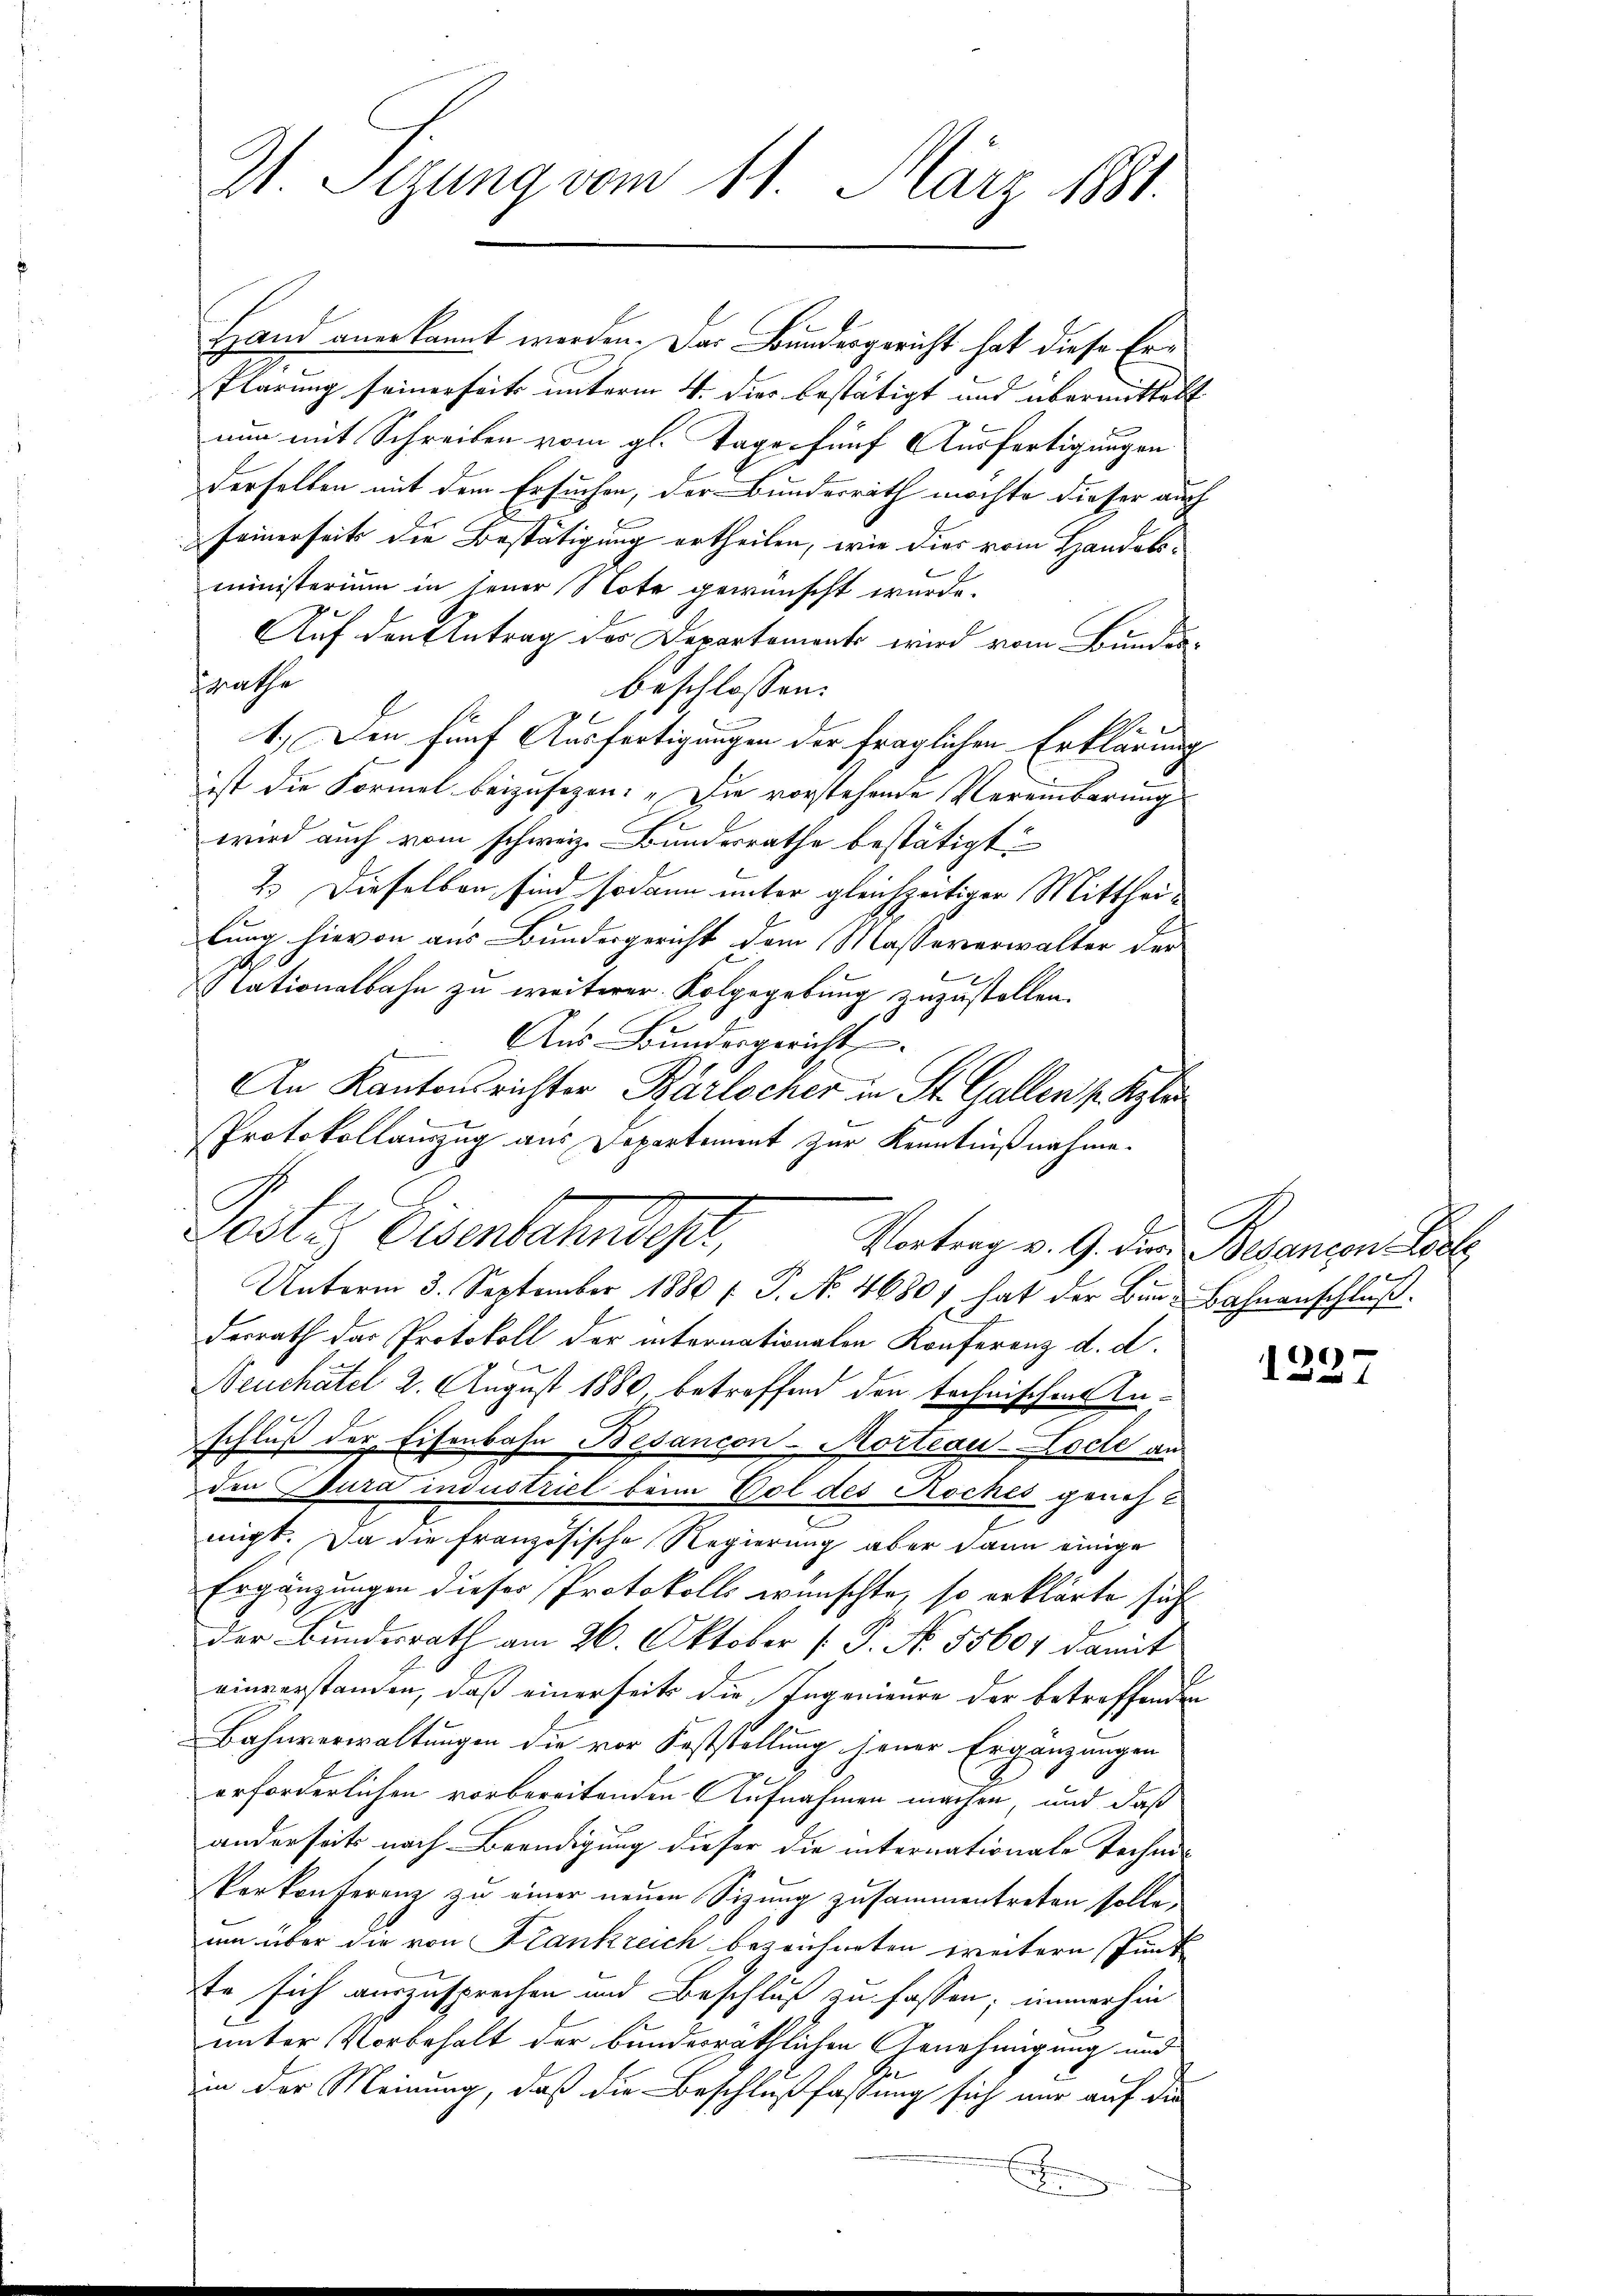
Al Sizung vom 11. März 1881.

Hand anerkannt werden. Das Bundesgericht hat diese Er¬
Plärung seinerseits unterm 4. dies bestätigt und übermittelt
nun mit Schreiben vom gl. Tage fünf Ausfertigungen
derselben mit dem Ersuchen, der Bundesrath möchte dieser auch
seinerseits die Bestätigung ertheilen, wie dies vom Handelsministerium in seiner Note gewünscht wurde.
Auf den Antrag der Departements wird vom Bundes-
srathe
beschlossen:
1.) Den fünf Ausfertigungen der fraglichen Erklärung
ist die Formel beizusagen: „Die vorstehende Vereinbarung
wird auch vom schweiz. Bundesrathe bestätigt
2.) Dieselben sind sodann unter gleichzeitiger Mitthei-
lung hievon aus Bundesgericht dem Massererwalter der
Nationalbahn zu weiterer Folgegebung zuzustellen.
Aus Bundesgericht
An Kantonsrichter Barlocher in St. Gallen phyber
Protokollauszug aus Departement zur Kenntnißnahme.
Peste Eisenbahnder,
Vortrag v. 9. dies Besançon Lie
Unterm 3. September 1880 f. P. Nr. 46801 hat der Bunde Bahnanschluß.
derrath das Protokoll der internationalen Konferenz d. d.
1
Neuchâtel 2. August 1880, betreffend den technischen An-
schluß der Eisenbahn Bedancon-Mortiau-Locle an
den Bura industriel beim Vol des Roches genehmigt. Da die französische Regierung aber dann einige
Ergänzungen dieser Protokolls wünschte, so erklärte sich
der Bundesrath am 26. Oktober [ P. No. 5560, damit
einverstanden, daß einerseits die Ingenieure der betreffenden
Bahnverwaltungen die vor Feststellung jener Ergänzungen
2
erforderlichen vorbereitenden Aufnahmen machen, und daß
anderseits nach Beendigung dieser die internationale Techni-
Verkonferenz zu einer neuen Sizung zusammentreten solle,
um über die von Krankreich bezeichneten weitern Punk
te sich auszusprechen und Beschluß zu fassen; immerhin
unter Vorbehalt der bundesräthlichen Genehmigung und
in der Meinung, daß die Beschlußfassung sich nur auf die
.

2

.

e